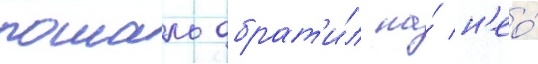
рошаль обрат'и́л на́ н'ео́